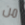
من